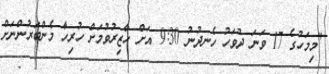
"މިމަހުގެ 17 ވަނަ ދުވަހު ހެނދުނު 9:30 އަށް ހާޒިރުވުމަށް ހުރިހާ މެންބަރުންނަށް